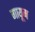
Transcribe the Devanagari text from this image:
गायूम